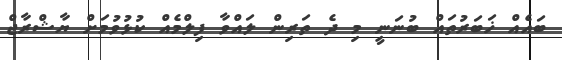
ބައެއް ޚަބަރުތައް ބުނަނީ މި ދެ ތަރިން ލައްވާ ފިލްމެއް ކުޅުވުމަށް ޔާޝްރާޖް